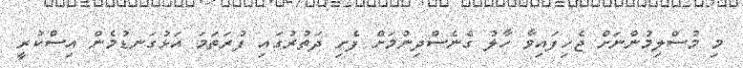
މި މުސްލިމުންނަށް ޖެހިފައިވާ ހާލު ގެނެސްދިނުމަށް ފެށި ދަތުރުގައި ފުރަތަމަ އަޅުގަނޑުމެން އިސްކުރީ